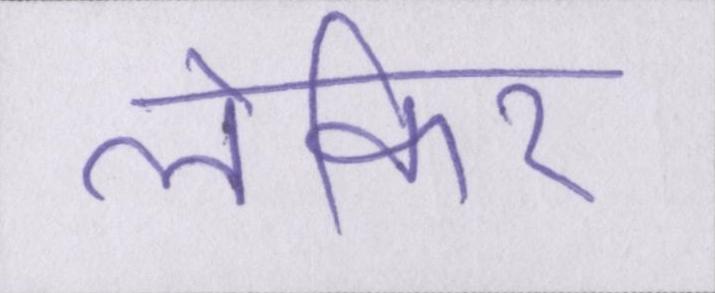
लेकिर